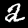
Digit: 2